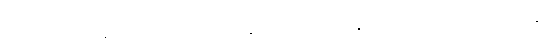
အသစ်သည်။ နတ္ထိ၊ မရှိပါ။ အပ္ပဟီနေ၊ မပယ်အပ်ကုန်သေးသော။ ကိလေသေပန၊